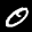
Label: 0